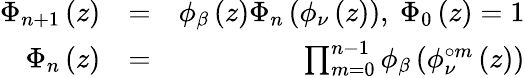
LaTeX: \begin{array}{rlr}{\Phi_{n+1}\left(z\right)}&{=}&{\phi_{\beta}\left(z\right)\Phi_{n}\left(\phi_{\nu}\left(z\right)\right)\mathrm{,~}\Phi_{0}\left(z\right)=1}\\ {\Phi_{n}\left(z\right)}&{=}&{\prod_{m=0}^{n-1}\phi_{\beta}\left(\phi_{\nu}^{\circ m}\left(z\right)\right)}\end{array}